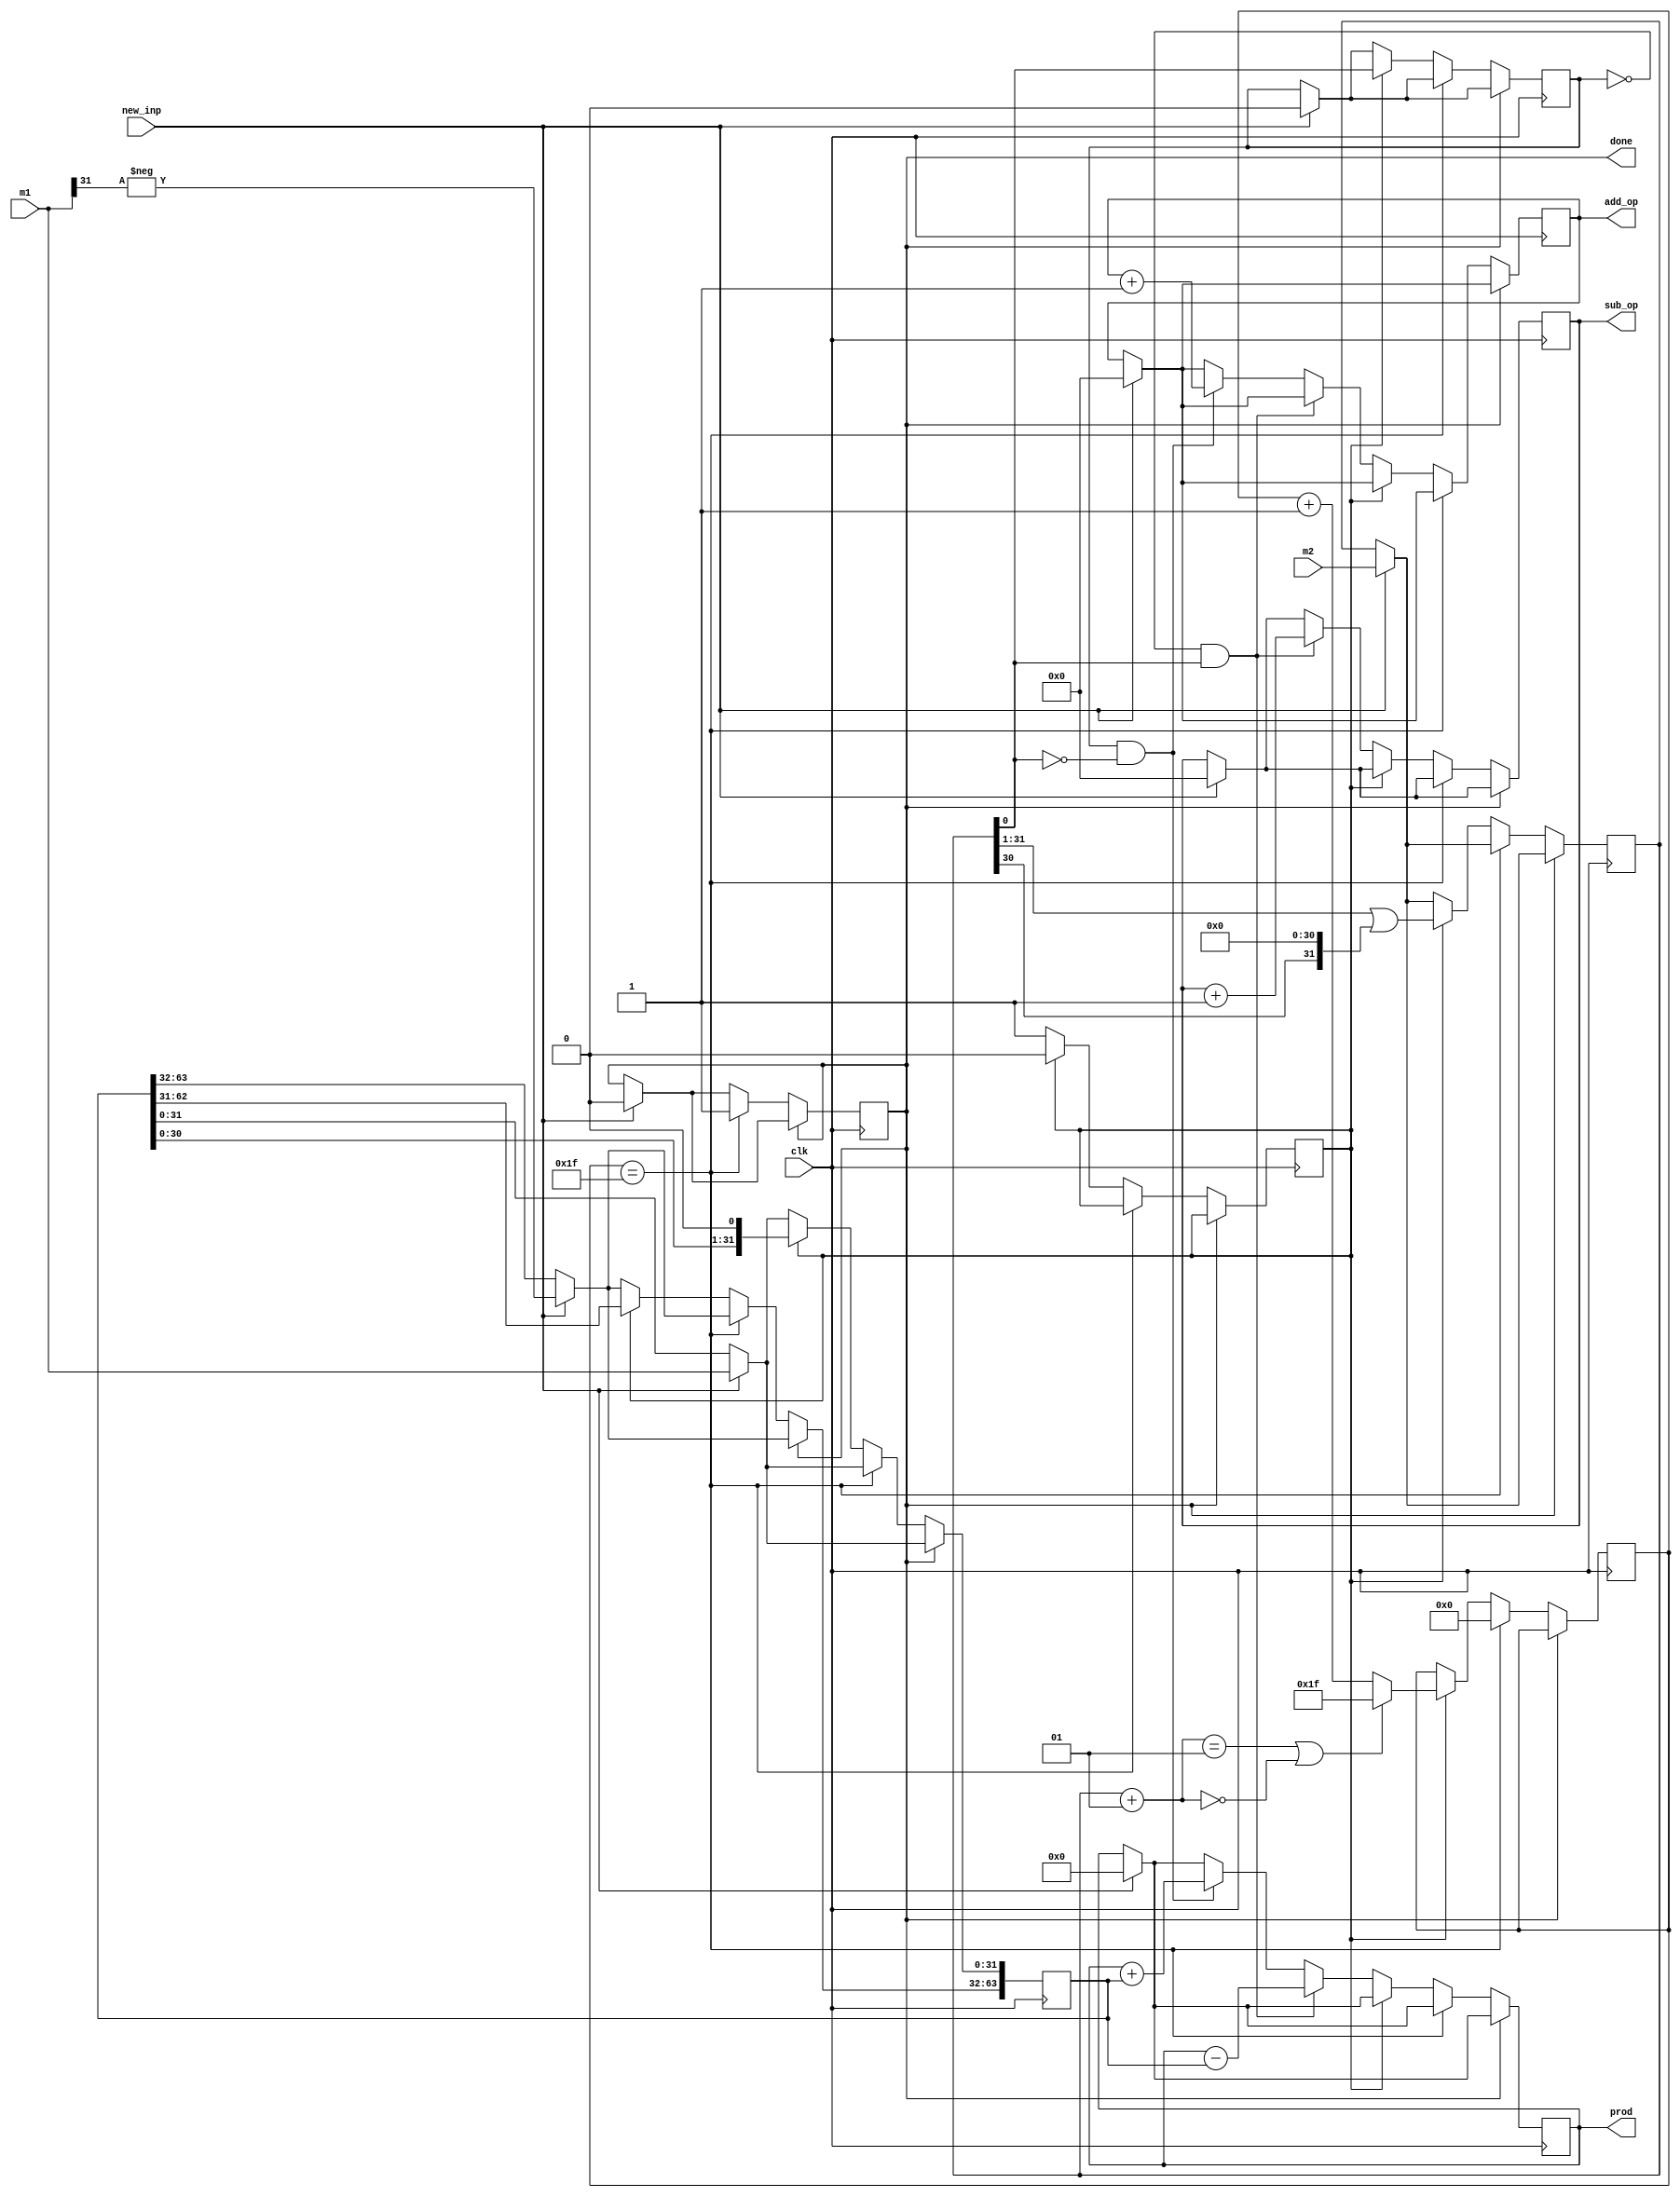
module boothe_multiplier (clk, new_inp, m1, m2, prod, add_op, sub_op, done);

    // inputs
    input clk;
    input new_inp;
    input signed [31:0] m1, m2;

    // outputs
    output reg done;
    output reg signed [63:0] prod;
    output reg [4:0] add_op;
    output reg [4:0] sub_op;

    reg [5:0] counter;
    reg sub_counter;

    reg signed [63:0] a;
    reg signed [31:0] b;
    reg b_;
    wire signed [31:0] c;

    assign c = b+1;

    initial begin
        done <= 1;
        counter <= 0;
        b_ <= 0;
        a <= 0;
        prod <= 0;
        sub_counter <= 0;
        add_op <= 0;
        sub_op <= 0;
    end

    always @(posedge clk) begin
        if(new_inp == 1) begin
            a[31:0] <= m1;
            a[63:32] <= -m1[31];
            b <= m2;
            b_ <= 0;
            prod <= 0;
            done <= 0;
            add_op <= 0;
            sub_op <= 0;
        end
        
        if (done == 0) begin
            if(counter == 31) begin
                done <= 1;
                counter <= 0;
            end
            else begin
                if (sub_counter == 0) begin
                    if(b_ == 0 && b[0] == 1) begin
                        prod <= prod - a;
                        sub_op <= sub_op + 1;
                    end
                    else if(b_ == 1 && b[0] == 0) begin
                        prod <= prod + a;
                        add_op <= add_op + 1;
                    end
                    sub_counter <= 1;
                end
                else begin
                    // $display("time: %d, a: %d, b: %d, prod: %d", $time, a, b, prod);
                    a <= (a<<1);
                    b <= (b>>1)|(b[30]<<31);
                    b_ <= b[0];

                    if ((c==1)|(c==0)) begin
                        counter <= 31;
                    end
                    else begin
                        counter <= counter + 1;
                    end
                    sub_counter <= 0;
                end
            end
        end
    end

endmodule